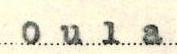
Oula